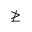
\ngeq